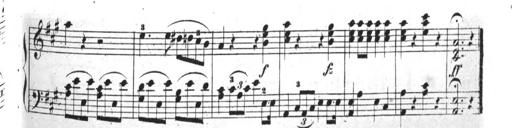
Title: 4 Sonatinas
Composer: Jacob Schmitt